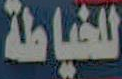
للخياطة